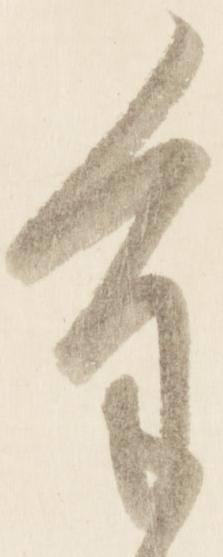
重